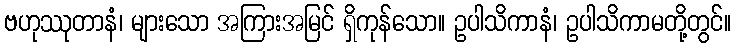
ဗဟုဿုတာနံ၊ များသော အကြားအမြင် ရှိကုန်သော။ ဥပါသိကာနံ၊ ဥပါသိကာမတို့တွင်။